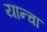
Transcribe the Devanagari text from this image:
यान्चा